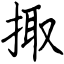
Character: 掫